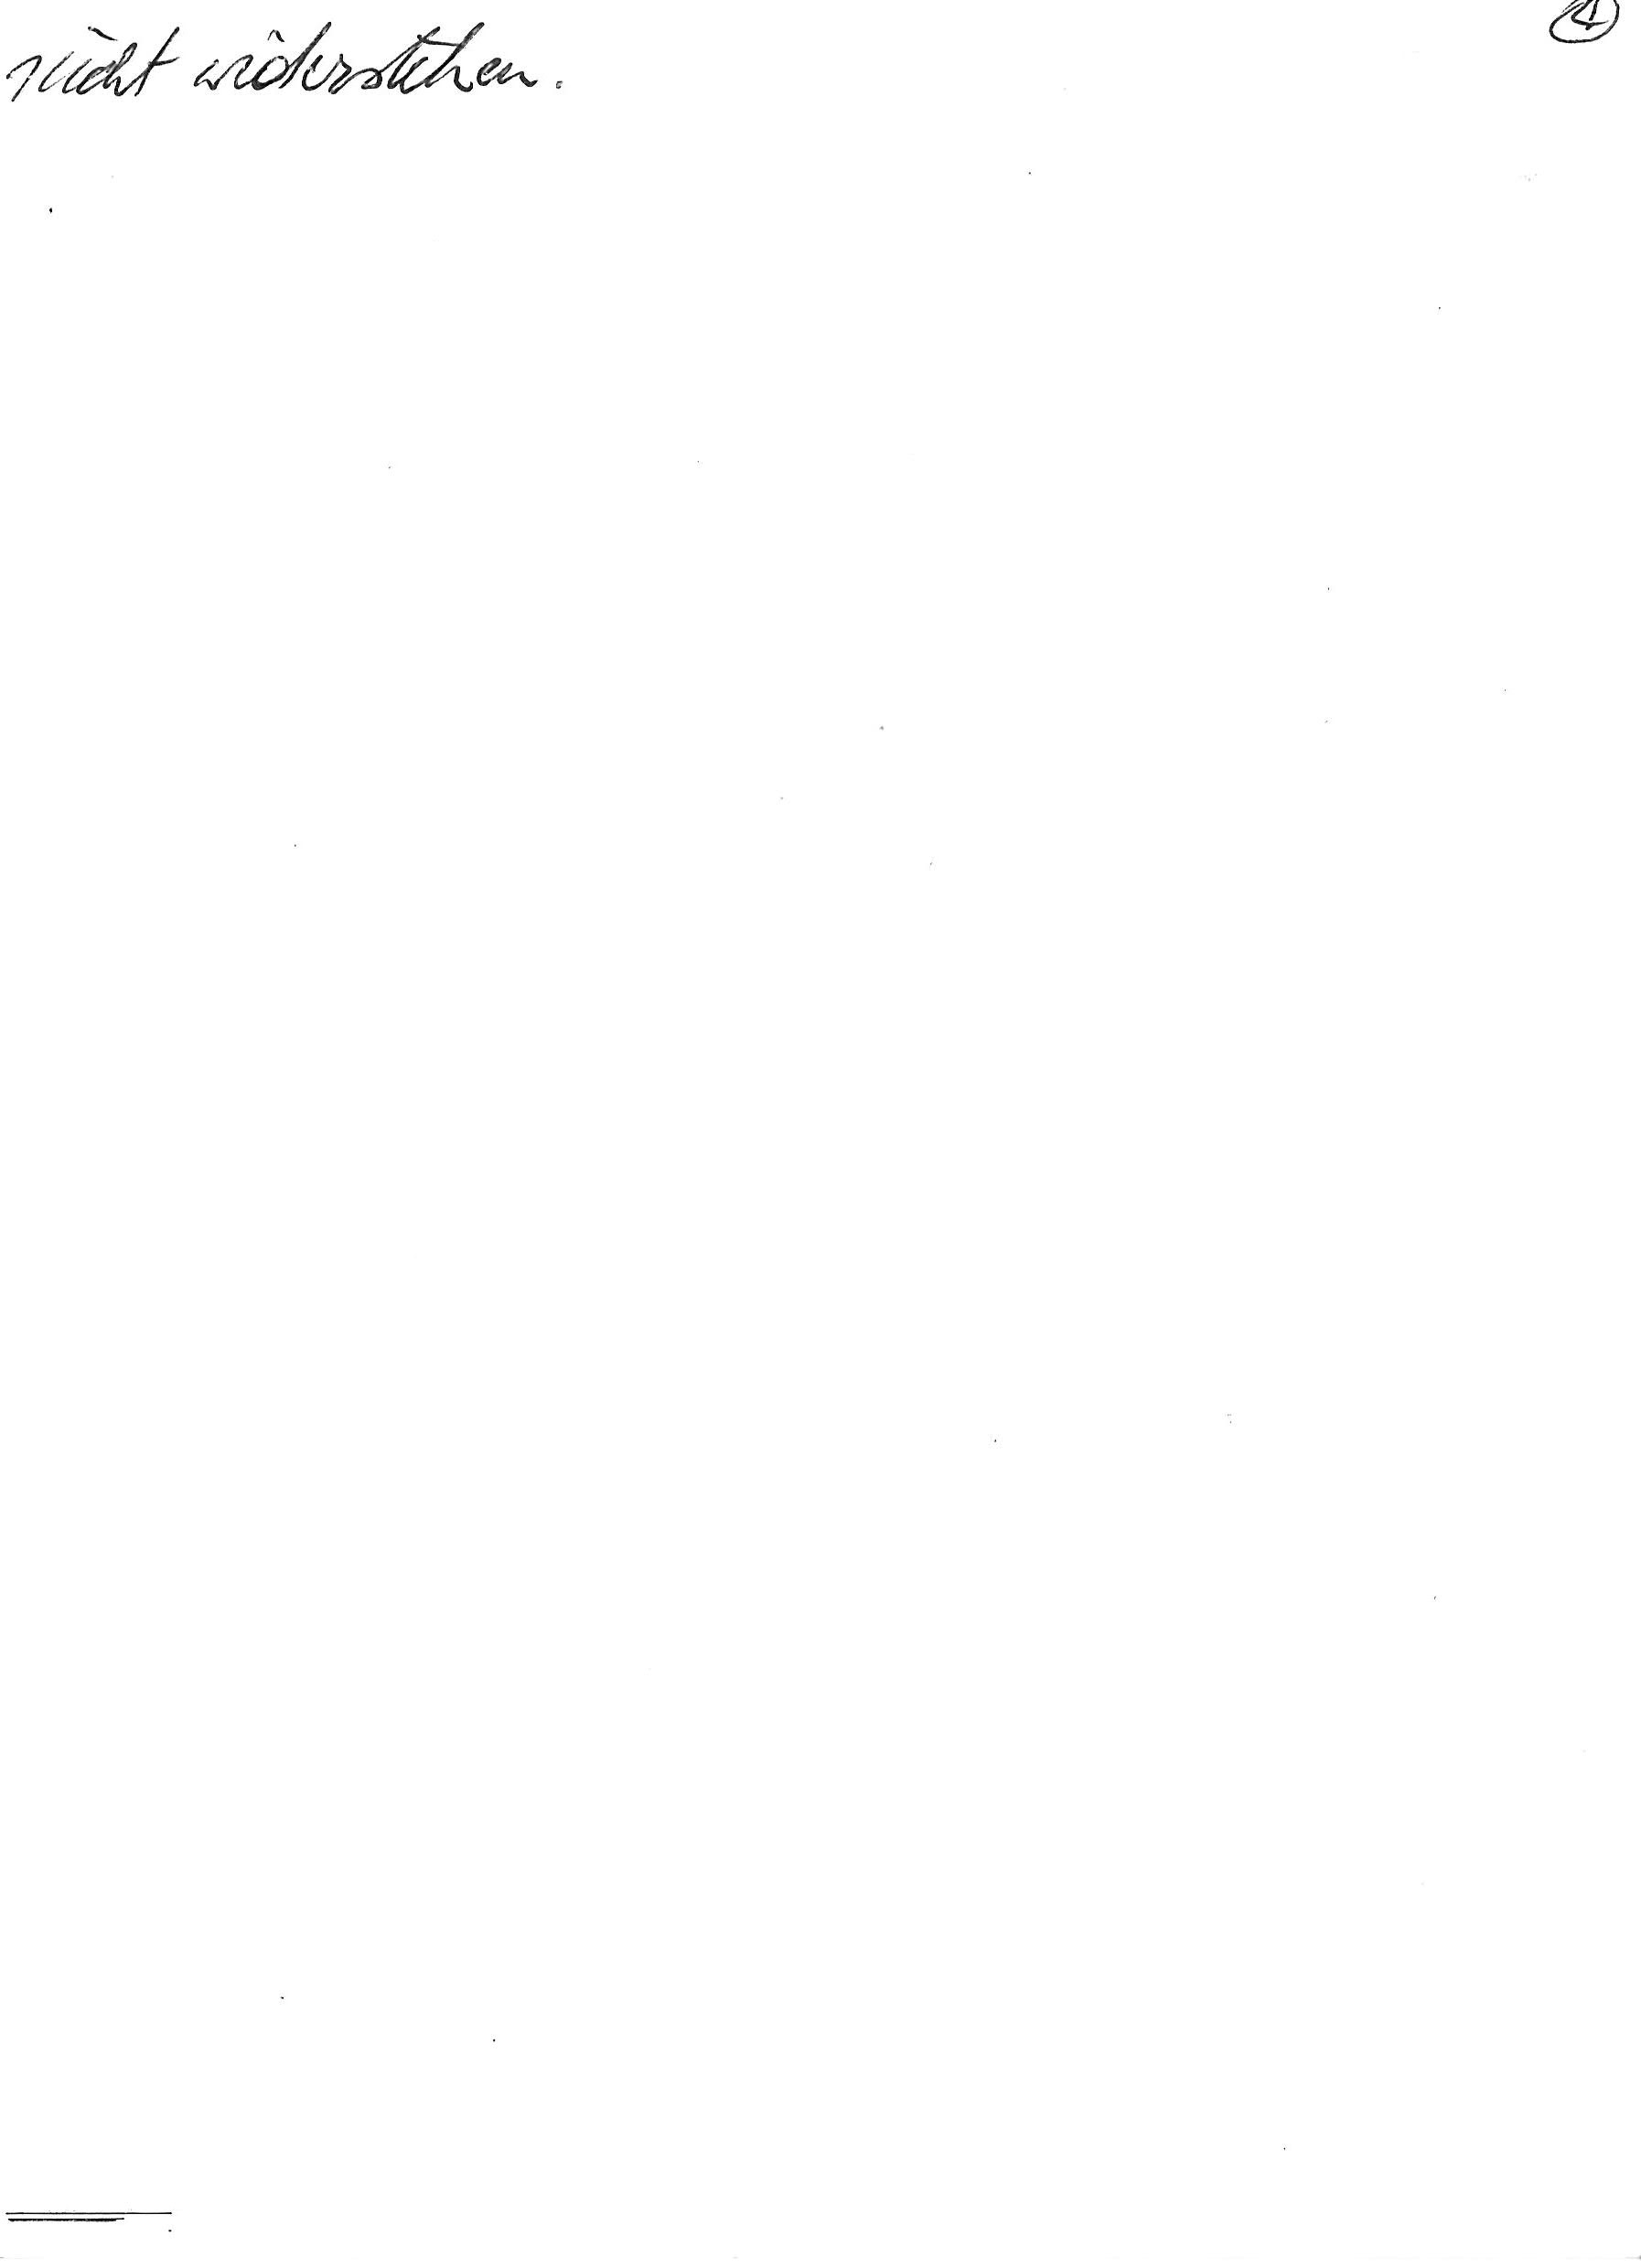
nicht widerstehen.